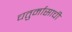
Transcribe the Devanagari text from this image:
चतुर्मासाची